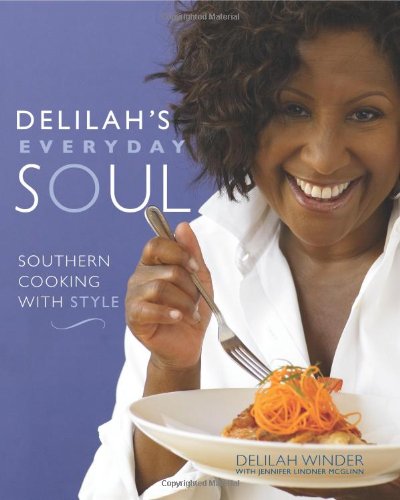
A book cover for Delilah's Everyday Soul: Southern Cooking With Style; Delilah Winder; Cookbooks, Food & Wine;